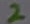
Text: 2